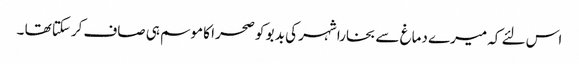
اس لئے کہ میرے دماغ سے بخارا شہر کی بد بو کو صحرا کا موسم ہی صاف کرسکتا تھا ۔